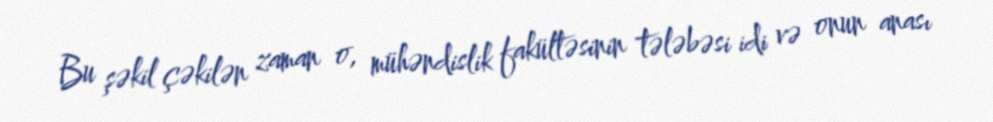
Bu şəkil çəkilən zaman o, mühəndislik fakültəsinin tələbəsi idi və onun anası